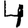
Digit: 4